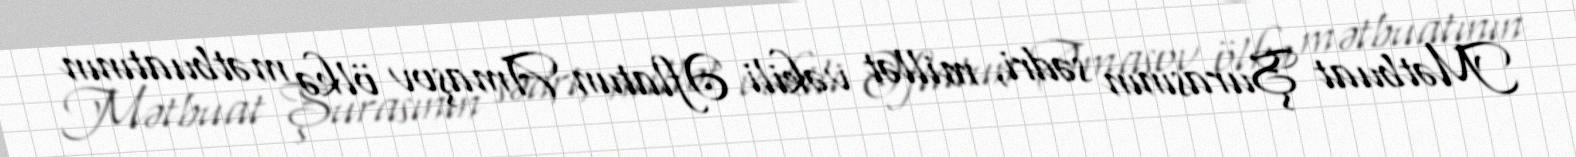
Mətbuat Şurasının sədri, millət vəkili Əflatun Amaşov ölkə mətbuatının